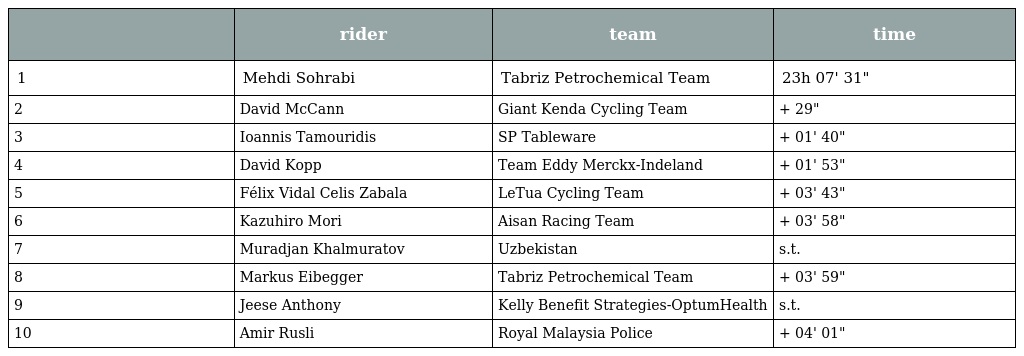
|  | rider | team | time |
 | --- | --- | --- | --- |
 | 1 | Mehdi Sohrabi | Tabriz Petrochemical Team | 23h 07' 31" |
 | 2 | David McCann | Giant Kenda Cycling Team | + 29" |
 | 3 | Ioannis Tamouridis | SP Tableware | + 01' 40" |
 | 4 | David Kopp | Team Eddy Merckx-Indeland | + 01' 53" |
 | 5 | Félix Vidal Celis Zabala | LeTua Cycling Team | + 03' 43" |
 | 6 | Kazuhiro Mori | Aisan Racing Team | + 03' 58" |
 | 7 | Muradjan Khalmuratov | Uzbekistan | s.t. |
 | 8 | Markus Eibegger | Tabriz Petrochemical Team | + 03' 59" |
 | 9 | Jeese Anthony | Kelly Benefit Strategies-OptumHealth | s.t. |
 | 10 | Amir Rusli | Royal Malaysia Police | + 04' 01" |